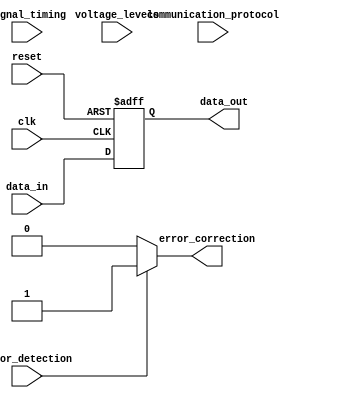
module io_block (
    input clk,
    input reset,
    input data_in,
    output reg data_out,
    input error_detection,
    output reg error_correction,
    input signal_timing,
    input voltage_levels,
    input communication_protocol
);

// Input and output logic for data transmission
always @(posedge clk or negedge reset) begin
    if (!reset) begin
        data_out <= 1'b0;
    end else begin
        data_out <= data_in;
    end
end

// Built-in error detection and correction mechanisms
always @(*) begin
    if (error_detection) begin
        error_correction <= 1'b1;
    end else begin
        error_correction <= 1'b0;
    end
end

// Configurable parameters for signal timing, voltage levels, and communication protocol
// These parameters can be adjusted through external signals or inputs
always @(*) begin
    // Adjust signal timing
    if (signal_timing) begin
        // Your code for adjusting signal timing
    end
    
    // Adjust voltage levels
    if (voltage_levels) begin
        // Your code for adjusting voltage levels
    end
    
    // Adjust communication protocol
    if (communication_protocol) begin
        // Your code for adjusting communication protocol
    end
end

endmodule